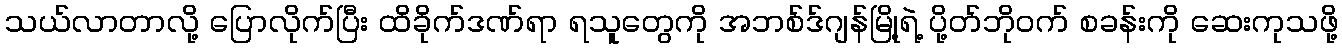
သယ်လာတာလို့ ပြောလိုက်ပြီး ထိခိုက်ဒဏ်ရာ ရသူတွေကို အဘစ်ဒ်ဂျန်မြို့ရဲ့ ပို့တ်ဘိုဝက် စခန်းကို ဆေးကုသဖို့